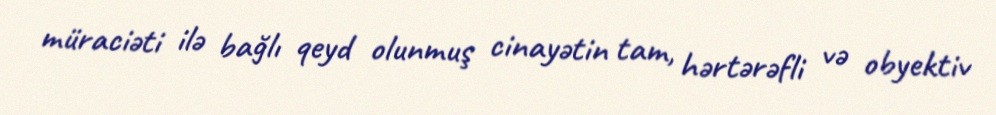
müraciəti ilə bağlı qeyd olunmuş cinayətin tam, hərtərəfli və obyektiv